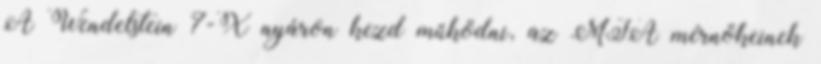
A Wendelstein 7-X nyáron kezd működni, az MTA mérnökeinek